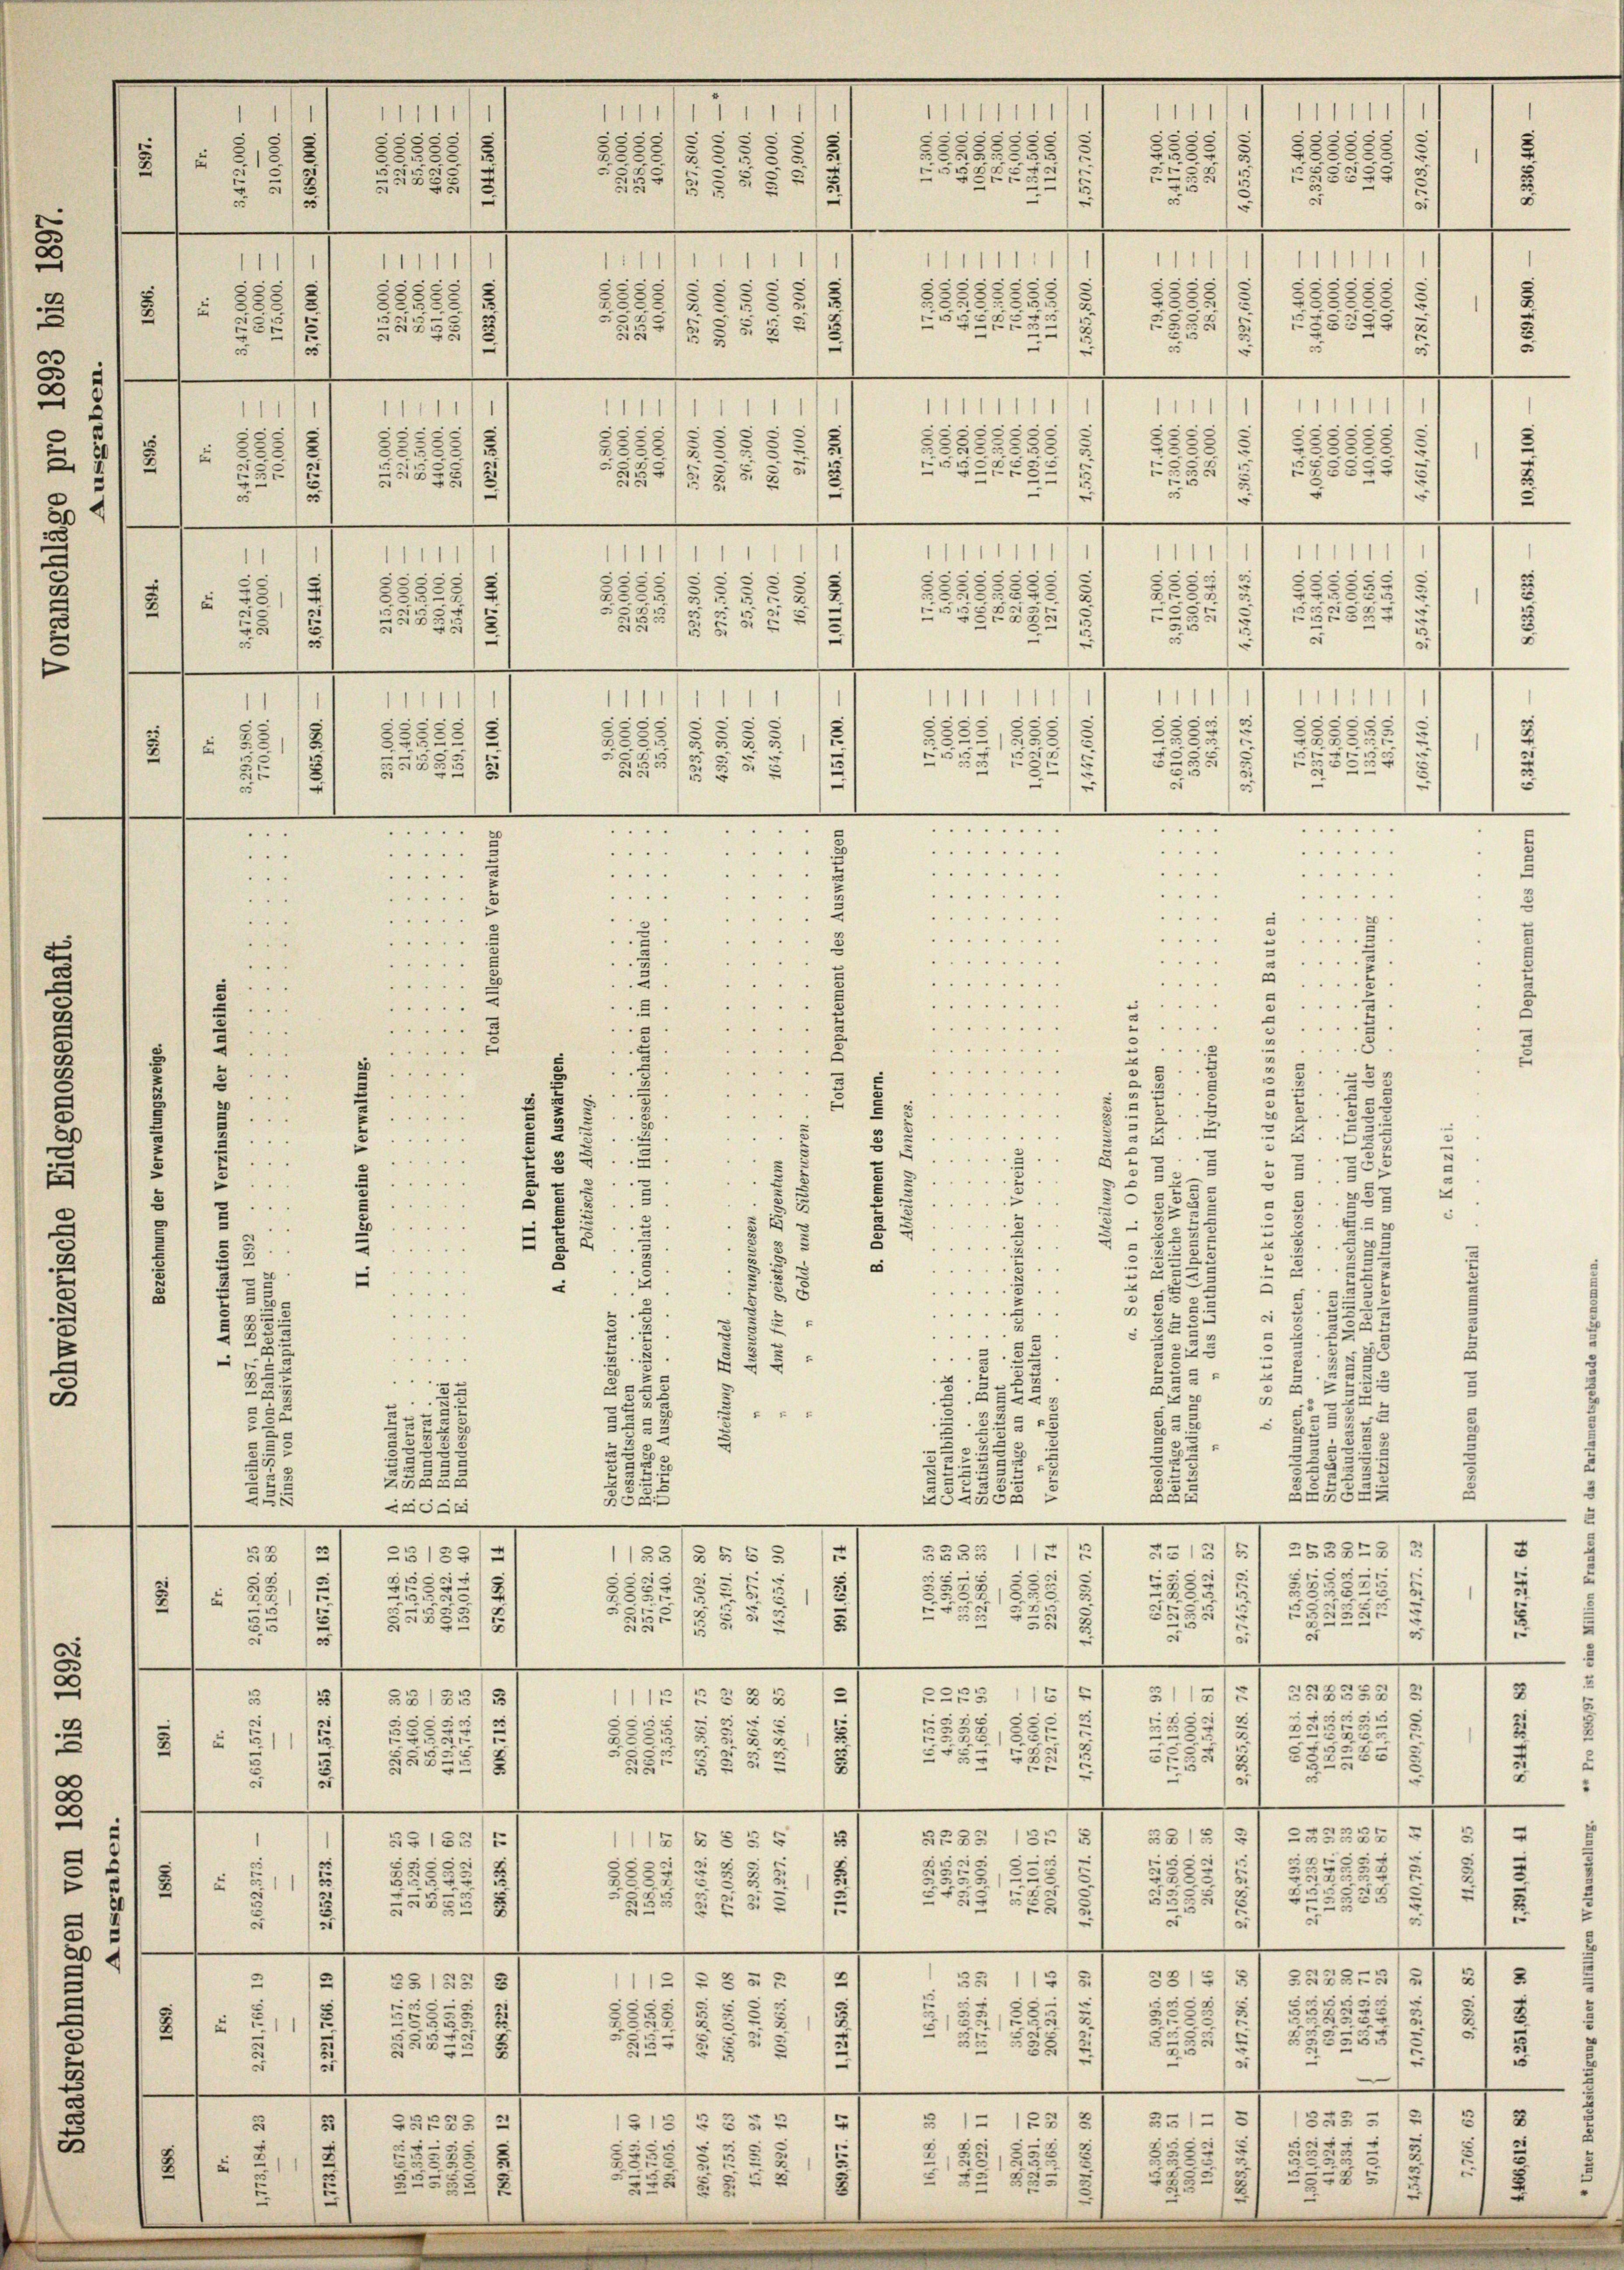
2
24
d
¬
§ 281
2
b
2
u
e
22
 155
2
c
.

2
c
.
8

2
3
e
3
.
20
.

1111
u
 212
5
588
3
e
1
.
 . .
2
222
5
u
2
.
2
23
352
3
e
—
11
88582
35
3
u
2
.
5
3.
1

u
e
¬
14.
d
.
1
.
.

1
4
 ..
2
s
3
¬
u
e
.
5.
s
2
u
u
e
5
2
x
37
3
a
2
ge
e
—
r
185
“
e
.
2
2
i
2
212
xx
s
3
53135/3
5

1
3
5552
.
u
i
e
—
u
5512
52
u
12
.
e
6
5
.
2
25152
55
u
2
1
8
2
55
8
3
1
82785
u
5
2
22
2
2
e
w
.
.
e

8
5
2
u
.
.

..

1
5
u
3:
i
2
11
1
8:
i
2555/

2

2
.
1
1
111111
.
.
e
2
2
s
5
85
3
25
55:
2

5
i
2585
5
ESEER
22
55

u
.
e
8
1
1
1
11
n
s
5535
5585558/
5
n
 xx
1

5535
¬
s
55
1855,8858/5
1
¬
2
¬
5
582
u
2.
5
u
5
5
5
E
2
 §§ 82
25
¬
—
—
1
1
1111
111
1
1
n
2
¬
u
§858/5
28.
5
.
u

r
8888
5
 f 0 x
2
1
e
—
e
1
.
.
s
1111
.
e
u
5355
1282.
.
8
5
55
75
r

s
u

13
u

.
5
e
1
25
c
e
. . . . . . . 1
 . . .
..

i

 . . .
 . . . . . . .
 . . .
. . . .
 . . . . . .
 . . .
. . . . .
. . . .
 . . .
.. . . . .
 . . . . . .
 . . .
e
.
 . . .
 . . . . . .
....
 " " "
.
"
. . .
.
 . . . . . . .
 . . .
2
.
 . . . .
.
.
 . .

8

i
5
2
.
. . . . . . .
e
.
2

155/8 § 5 :
.
f 5 x 2

u

u

3
2

.
e
.
5
.
.
s
2
4
.
52
 . . . . . 1
3
.
u
2
3.
.
4
x
3
“

.
e
.
.
5 x
“
3
u
 x
e
2
 " "
e
.
u
e
3
3
5
52
2
3
.
e
.
...
3
u
4
..
55
.
u
.
 " " 1
u
u
2
.
 . . .
5
.
.
55
f
e
.
u
3
2
¬
4
2
.
 x
5
3.
5
5
3
55
2
5
2
2
35
.
2
25
522
2
3.
32
2
23.
S552
2
505
5
.
.
e
1
.
5.
253828
.
315
7
1
5
e
c
3
5
52
32
255.
.
2
t
.
5
2
55
5
d
25
e
5
e
e
—
e
—
n
55
1
2
2
3
225
11 § 35
55
u
25
.
.
u
 2 x
22
8
.
1
2
5
u
58
¬
28
5 f 5 x
s
e
e
—
e
22
)
23333
13:
531
5233
11158 § 55
5
e
e
u
5
22
2
.
3
d
u
c
155
5
55
825
§ § 5
i
i
—
e
—
t
1
1
5
252875
3.
x
115/5 § 55
5
e
¬
s
5
s
35
5
535
.
23.
u
2
35
¬
2
52
58 x
.
23
25
2.
u
s
e
e
.
—
—
—
n
5
.
¬
2
2
335
§ 12 135
51:
.
1313/3 5
¬
s
.
s
§ 851
2
5
3
23
.
.
.
3
85
2
 §§ 523
2
585

|